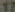
17